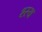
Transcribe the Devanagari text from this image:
श्स्य